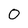
Character: 0